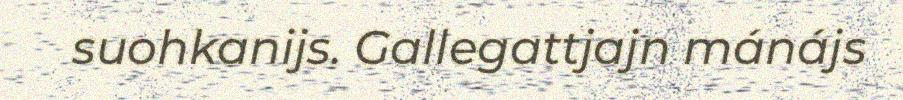
suohkanijs. Gallegattjajn mánájs